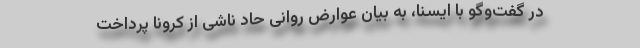
در گفت‌وگو با ایسنا، به بیان عوارض روانی حاد ناشی از کرونا پرداخت